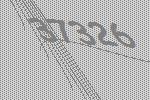
37326